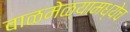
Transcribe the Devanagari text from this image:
बाळमेळ्यामध्येच